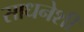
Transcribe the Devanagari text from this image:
साधनेशी